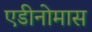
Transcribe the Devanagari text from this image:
एडीनोमास